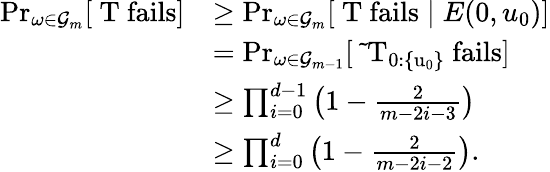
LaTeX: \begin{array}{rl}{\operatorname*{Pr}_{\omega\in\mathcal{G}_{m}}[\mathrm{~T~fails}]}&{\geq\operatorname*{Pr}_{\omega\in\mathcal{G}_{m}}[\mathrm{~T~fails}\mid E(0,u_{0})]}\\ &{=\operatorname*{Pr}_{\omega\in\mathcal{G}_{m-1}}[\mathrm{~\tilde{~}T_{0:\{ u_0\} }~fails}]}\\ &{\geq\prod_{i=0}^{d-1}\left(1-\frac{2}{m-2i-3}\right)}\\ &{\geq\prod_{i=0}^{d}\left(1-\frac{2}{m-2i-2}\right).}\end{array}